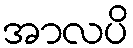
အာလပိ